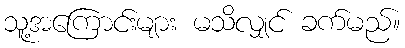
သူ့အကြောင်းများ မသိလျှင် ခက်မည်။